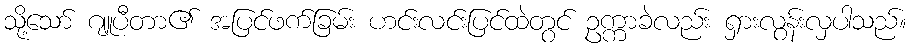
သို့သော် ဂျူပီတာ၏ အပြင်ဖက်ခြမ်း ဟင်းလင်းပြင်ထဲတွင် ဥက္ကာခဲလည်း ရှားလွန်းလှပါသည်။